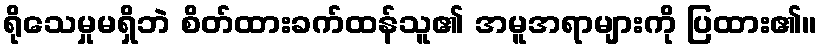
ရိုသေမှုမရှိဘဲ စိတ်ထားခက်ထန်သူ၏ အမူအရာများကို ပြထား၏။